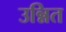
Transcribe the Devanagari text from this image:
उन्नित